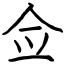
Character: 佥